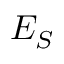
E _ { S }